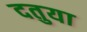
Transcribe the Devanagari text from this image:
दतुया